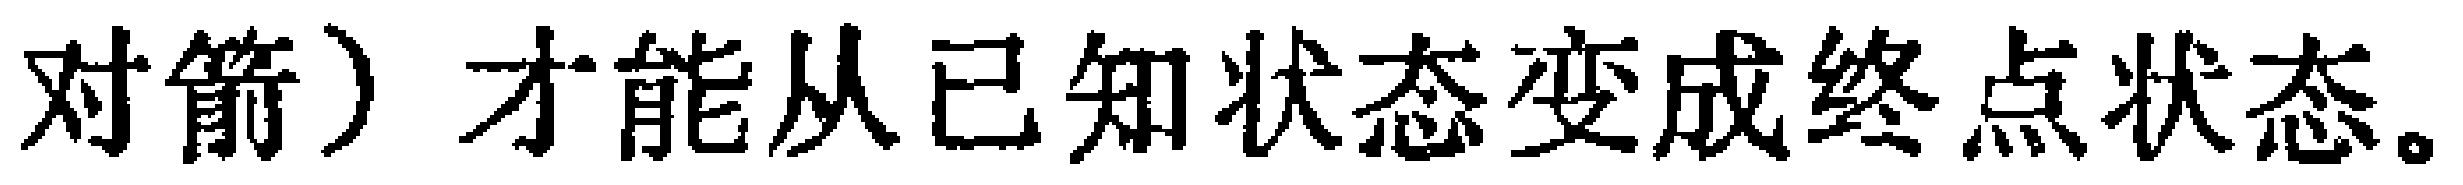
对箭）才能从已知状态变成终点状态。